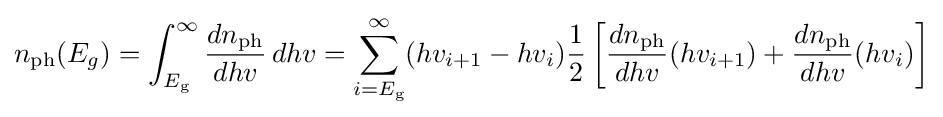
n_{\text{ph}}(E_{g})=\int _{E_{\text{g}}}^{\infty }{\frac {dn_{\text{ph}}}{dhv}}\,dhv=\sum _{i=E_{\text{g}}}^{\infty }(hv_{i+1}-hv_{i}){\frac {1}{2}}\left[{\frac {dn_{\text{ph}}}{dhv}}(hv_{i+1})+{\frac {dn_{\text{ph}}}{dhv}}(hv_{i})\right]